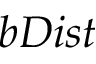
b D i s t